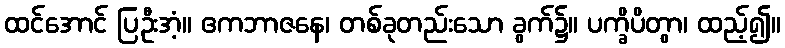
ထင်အောင် ပြဦးအံ့။ ဧကဘာဇနေ၊ တစ်ခုတည်းသော ခွက်၌။ ပက္ခိပိတွာ၊ ထည့်၍။